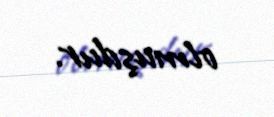
olmuşdur.